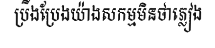
ប្រឹងប្រែងយ៉ាងសកម្មមិនថាភ្លៀង